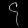
Digit: ၄